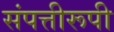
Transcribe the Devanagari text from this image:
संपत्तीरूपी